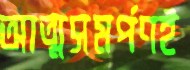
আত্মসমর্পণই